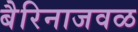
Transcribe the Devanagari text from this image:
बैरिनाजवळ